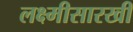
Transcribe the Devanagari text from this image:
लक्ष्मीसारखी